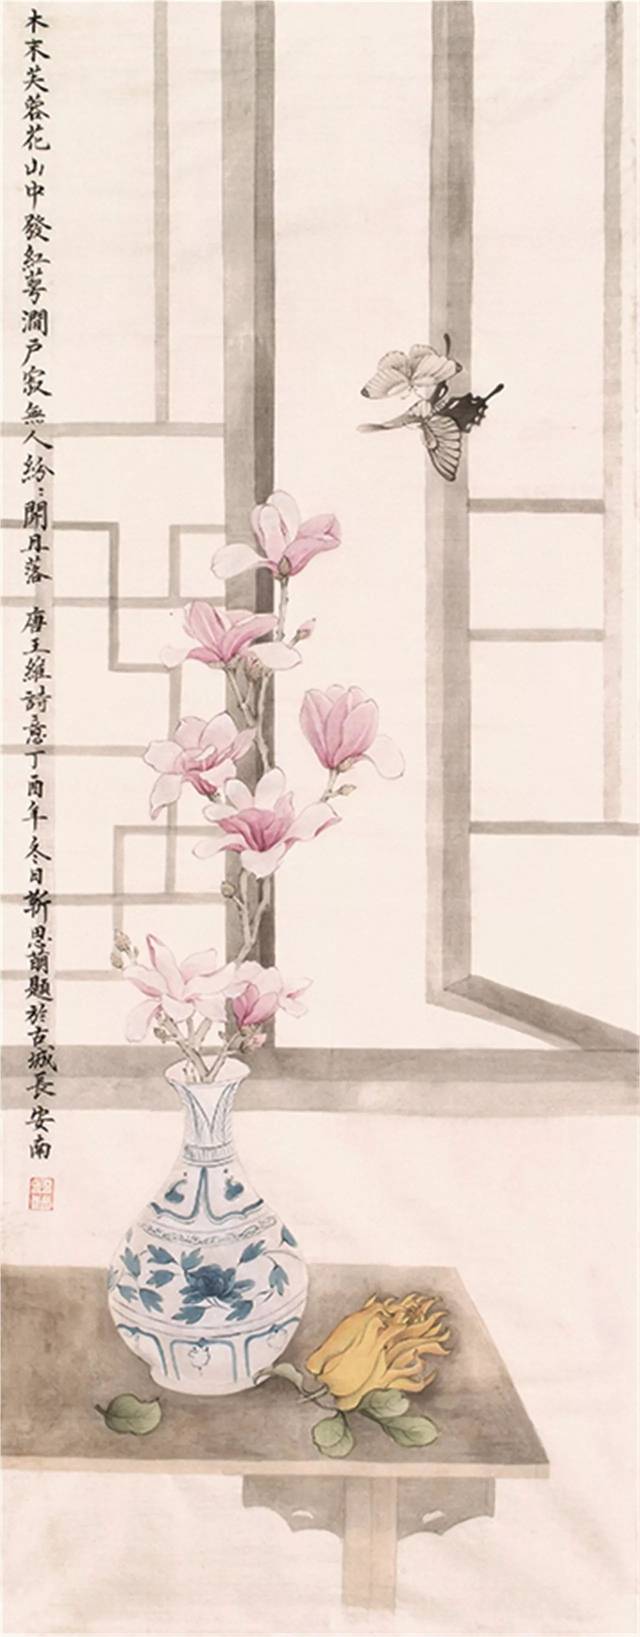
来日绮窗前，寒梅著花未。